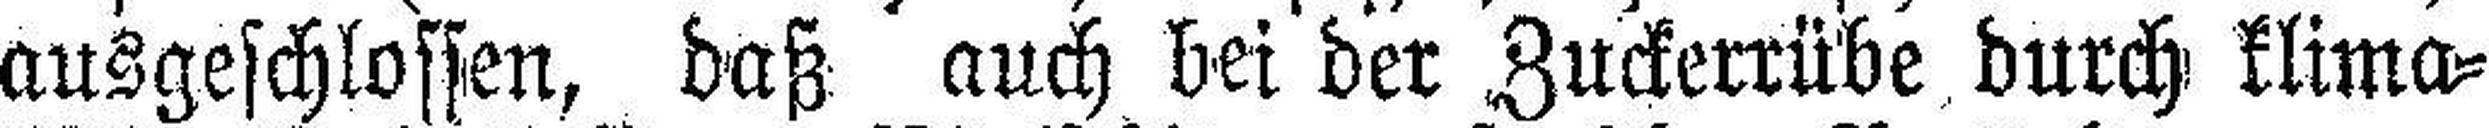
ausgeschlossen, daß auch bei der Zuckerrübe durch klima¬